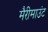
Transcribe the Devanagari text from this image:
मैरीमाउंट